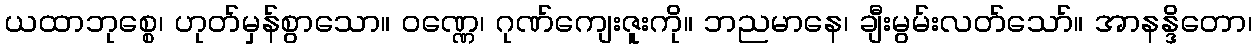
ယထာဘုစ္စေ၊ ဟုတ်မှန်စွာသော။ ဝဏ္ဏေ၊ ဂုဏ်ကျေးဇူးကို။ ဘညမာနေ၊ ချီးမွမ်းလတ်သော်။ အာနန္ဒိတော၊